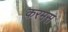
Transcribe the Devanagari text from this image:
करमस